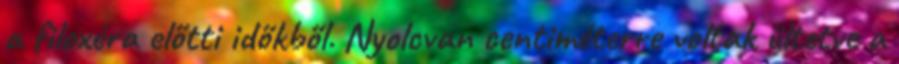
a filoxéra előtti időkből. Nyolcvan centiméterre voltak ültetve a